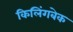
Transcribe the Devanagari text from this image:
किलिंगबेक